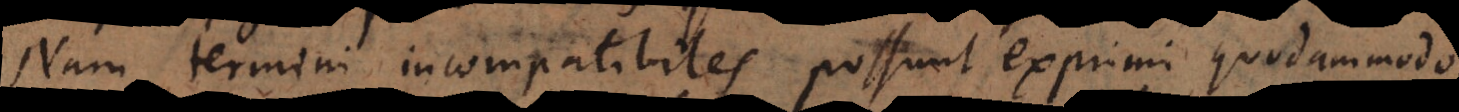
Nam termini incompatibiles possunt exprimi quodammodo